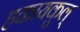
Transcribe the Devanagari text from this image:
हकायकुल्